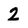
Character: 2